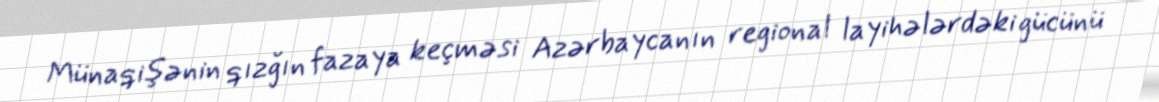
Münaqişənin qızğın fazaya keçməsi Azərbaycanın regional layihələrdəki gücünü